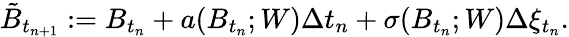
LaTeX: \tilde{B}_{t_{n+1}}:=B_{t_{n}}+a(B_{t_{n}};W)\Delta t_{n}+\sigma(B_{t_{n}};W)\Delta\xi_{t_{n}}.